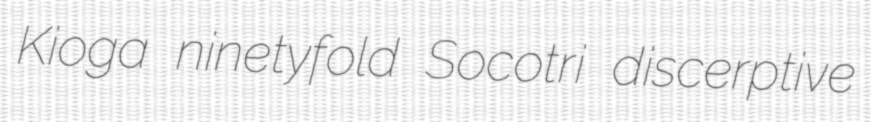
Kioga ninetyfold Socotri discerptive